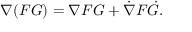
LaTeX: \nabla ( F G ) = \nabla F G + { \dot { \nabla } } F { \dot { G } } .